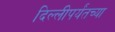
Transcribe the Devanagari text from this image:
दिल्लीपर्यंतच्या